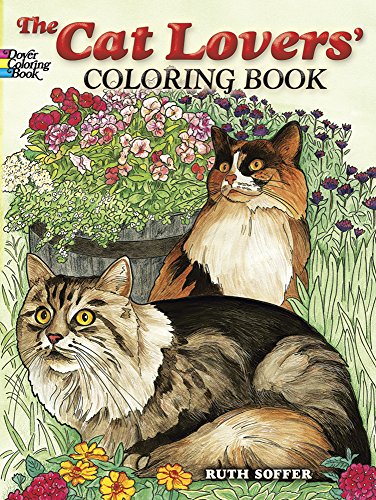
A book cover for The Cat Lovers Coloring Book (Dover Nature Coloring Book); Children's Books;